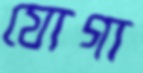
যোগা